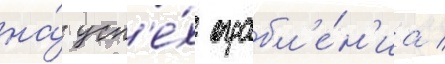
на́ усп'е́х ограбл'е́н'иа /